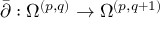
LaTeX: { \bar { \partial } } : \Omega ^ { ( p , q ) } \to \Omega ^ { ( p , q + 1 ) }